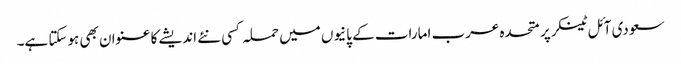
سعودی آئل ٹینکر پر متحدہ عرب امارات کے پانیوں میں حملہ کسی نئے اندیشے کا عنوان بھی ہوسکتا ہے۔